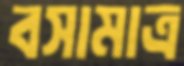
বসামাত্র